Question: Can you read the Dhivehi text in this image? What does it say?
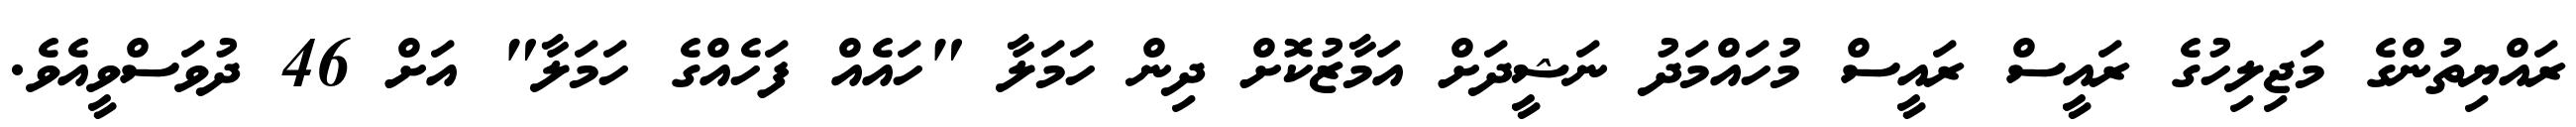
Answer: ރައްޔިތުންގެ މަޖިލިހުގެ ރައީސް ރައީސް މުހައްމަދު ނަޝީދަށް އަމާޒުކޮށް ދިން ހަމަލާ "ހައެއް ފަހެއްގެ ހަމަލާ" އަށް 46 ދުވަސްވީއެވެ.